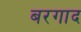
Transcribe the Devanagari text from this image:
बरगाद